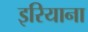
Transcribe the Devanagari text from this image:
इरियाना